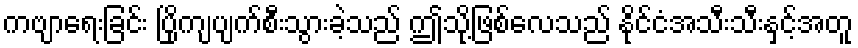
ကဗျာရေးခြင်း ပြိုကျပျက်စီးသွားခဲ့သည် ဤသို့ဖြစ်လေသည် နိုင်ငံအသီးသီးနှင့်အတူ